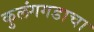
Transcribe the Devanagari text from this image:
कुलंगगडाचा